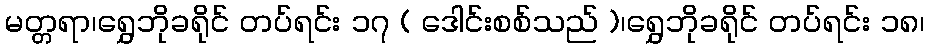
မတ္တရာ၊ရွှေဘိုခရိုင် တပ်ရင်း ၁၇ ( ဒေါင်းစစ်သည် )၊ရွှေဘိုခရိုင် တပ်ရင်း ၁၈၊